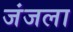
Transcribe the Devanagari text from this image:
जंजला